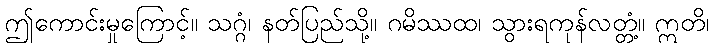
ဤကောင်းမှုကြောင့်။ သဂ္ဂံ၊ နတ်ပြည်သို့။ ဂမိဿထ၊ သွားရကုန်လတ္တံ့။ ဣတိ၊